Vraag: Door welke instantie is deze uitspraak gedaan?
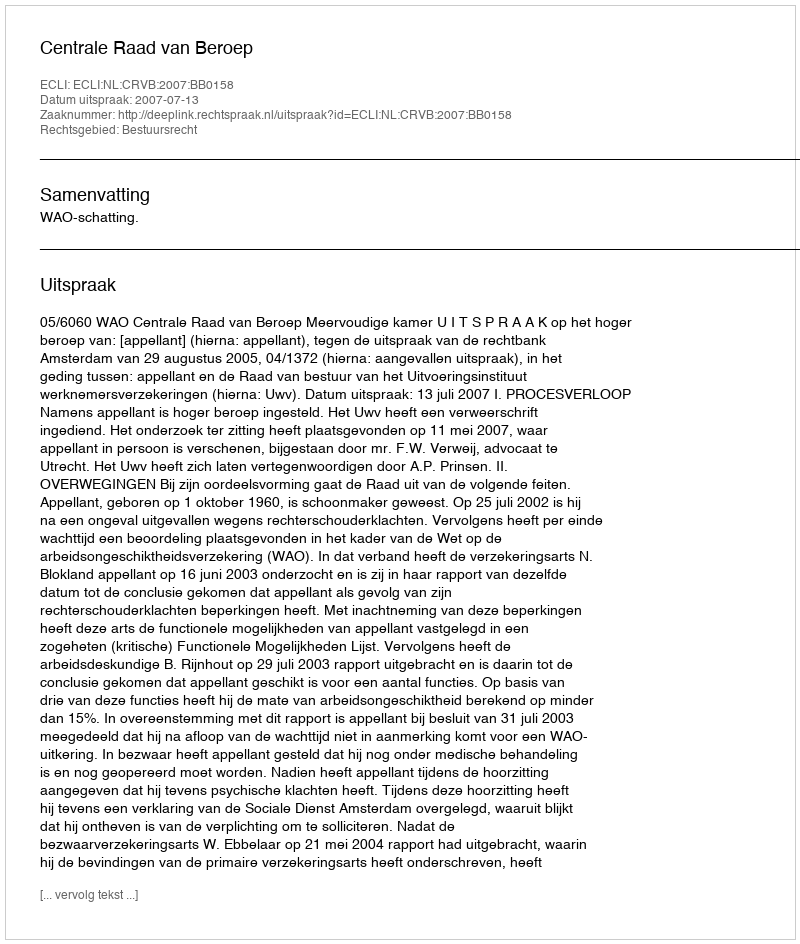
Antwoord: Centrale Raad van Beroep